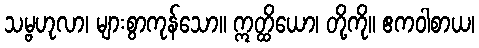
သမ္ဗဟုလာ၊ များစွာကုန်သော။ ဣတ္ထိယော၊ တို့ကို။ ဧကဝါစာယ၊